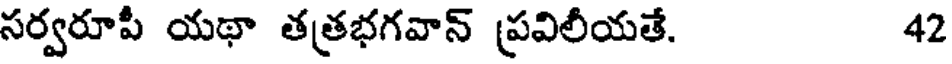
సర్వరూపీ యథా తత్రభగవాన్ ప్రవిలీయతే. 42